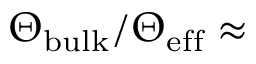
\Theta _ { \mathrm { b u l k } } / \Theta _ { \mathrm { e f f } } \approx